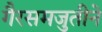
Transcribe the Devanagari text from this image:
गैरसमजुतीने